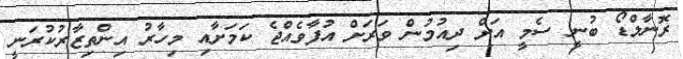
ރޮނާލްޑޯ ބުނީ ސެމީ އަށް ދިއުމުން ވަރަށް އުފާވެއްޖެ ކަމަށާއި މިހާރު އިންތިޒާރުކުރަނީ